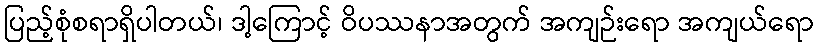
ပြည့်စုံစရာရှိပါတယ်၊ ဒါ့ကြောင့် ဝိပဿနာအတွက် အကျဉ်းရော အကျယ်ရော